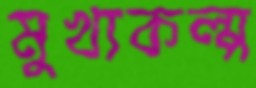
মুখ্যকল্প